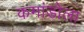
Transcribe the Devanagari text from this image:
कमांडोला